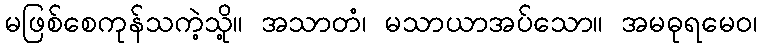
မဖြစ်စေကုန်သကဲ့သို့။ အသာတံ၊ မသာယာအပ်သော။ အမဓုရမေဝ၊